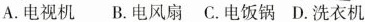
A.电视机 B.电风扇 C.电饭锅 D.洗衣机